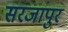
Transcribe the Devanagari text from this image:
सरजापुर